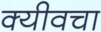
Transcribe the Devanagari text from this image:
क्यीवचा